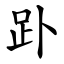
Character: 䟔